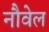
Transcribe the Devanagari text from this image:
नौवेल